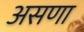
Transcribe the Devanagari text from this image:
असणा